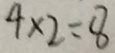
4 \times 2 = 8